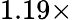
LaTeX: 1.19\times